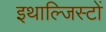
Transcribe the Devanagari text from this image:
इथाल्जिस्टों